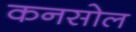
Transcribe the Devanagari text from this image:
कनसोल